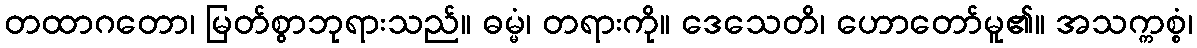
တထာဂတော၊ မြတ်စွာဘုရားသည်။ ဓမ္မံ၊ တရားကို။ ဒေသေတိ၊ ဟောတော်မူ၏။ အသက္ကစ္စံ၊